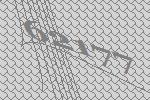
62177